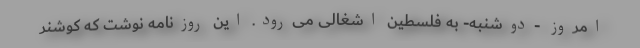
امروز -دوشنبه- به فلسطین اشغالی می‌رود. این روزنامه نوشت که کوشنر